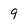
Character: 9